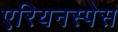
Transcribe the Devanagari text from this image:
एरियनस्पेस